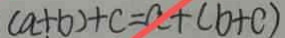
( a + b ) + c = a + ( b + c )